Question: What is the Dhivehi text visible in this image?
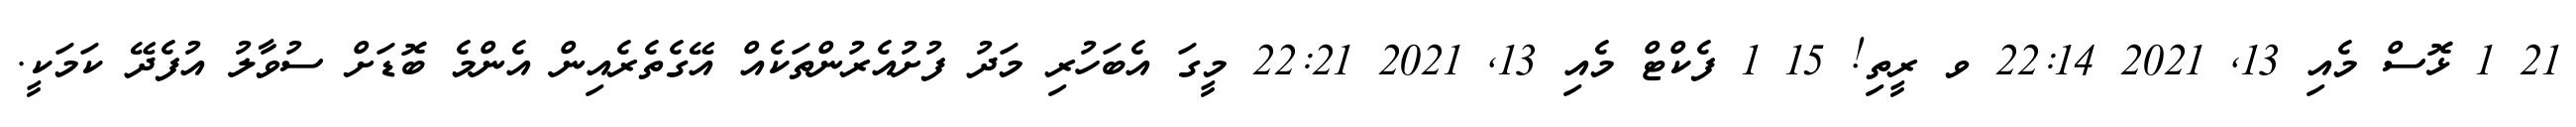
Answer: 21 1 ޅޮސް މެއި 13, 2021 22:14 ވ ރީތި! 15 1 ފެކްޓް މެއި 13, 2021 22:21 މީގަ އެބަހުރި މަދު ފުށުއެރުންތަކެއް އޭގެތެރެއިން އެންމެ ބޮޑަށް ސުވާލު އުފެދޭ ކަމަކީ.